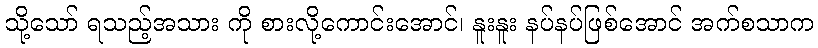
သို့သော် ရသည့်အသား ကို စားလို့ကောင်းအောင်၊ နူးနူး နပ်နပ်ဖြစ်အောင် အက်စသာက